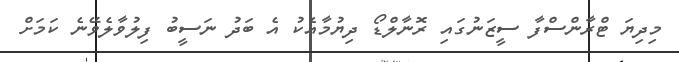
މިދިޔަ ޓްރާންސްފާ ސީޒަނުގައި ރޮނާލްޑޯ ދިޔުމާއެކު އެ ބަދު ނަސީބު ފިލުވާލެވޭނެ ކަމަށް